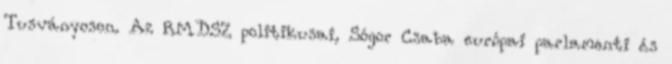
Tusványoson. Az RMDSZ politikusai, Sógor Csaba európai parlamenti és